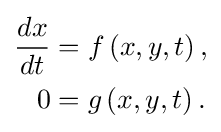
{\begin{aligned}{\frac {dx}{dt}}&=f\left(x,y,t\right),\\0&=g\left(x,y,t\right).\end{aligned}}